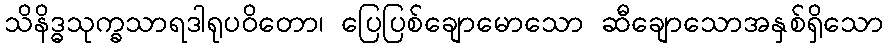
သိနိဒ္ဓသုက္ခသာရဒါရုပဝိတော၊ ပြေပြစ်ချောမောသော ဆီချောသောအနှစ်ရှိသော